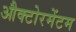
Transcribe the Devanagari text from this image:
औक्टोरमेंटम